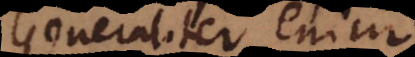
Generaliter enim